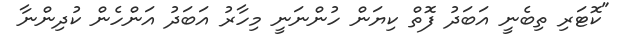
"ކޮޓަރި ތިބެނީ އަބަދު ފޮތް ކިޔަން ހުންނަނީ މިހާރު އަބަދު އަންހެން ކުދިންނާ